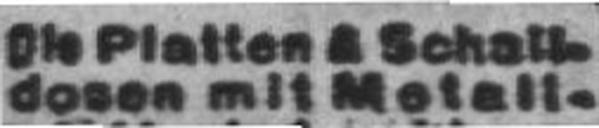
dosen mit Metall¬